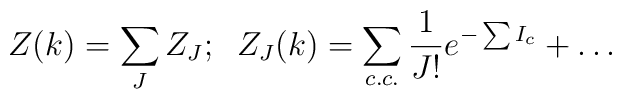
Z(k)=\sum_JZ_J;\;\;Z_J(k)= \sum_{c.c.}\frac{1}{J!}e^{-\sum I_c}+\dots